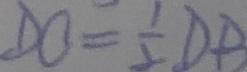
D O = \frac { 1 } { 2 } D B